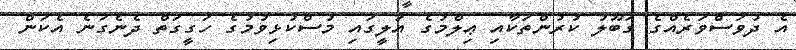
އެ ދުވަސްވަރެއްގެ ގަބޫލު ކުރުންތަކާއި ޢިލްމުގެ އަލީގައި މުސްކުޅިވުމުގެ ހަގީގަތް ދެނެގަނެ އެކަން